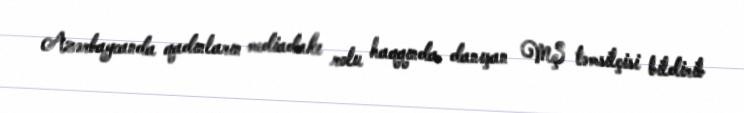
Azərbaycanda qadınların mediadakı rolu haqqında danışan MŞ təmsilçisi bildirib